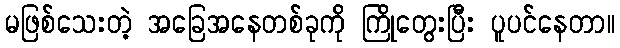
မဖြစ်သေးတဲ့ အခြေအနေတစ်ခုကို ကြိုတွေးပြီး ပူပင်နေတာ။